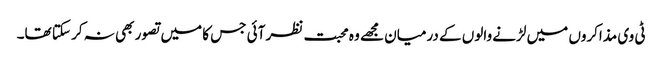
ٹی وی مذاکروں میں لڑنے والوں کے درمیان مجھے وہ محبت نظر آئی جس کا میں تصور بھی نہ کر سکتا تھا۔